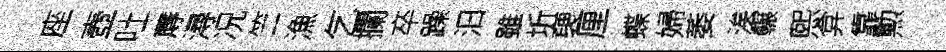
座壺吐蓐潯况竺漁乞攔卒躁汩雖圻褏厘蝶婦萎涘輾煕弇靠勲